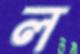
ল